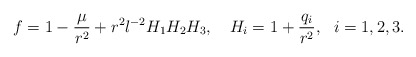
\begin{align*}f =1 -\frac{\mu}{r^2}+r^2l^{-2} H_1 H_2 H_3, \ \ \ H_i=1+\frac{q_i}{r^2}, \ \ i =1, 2, 3.\end{align*}